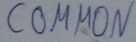
Text: COMMON